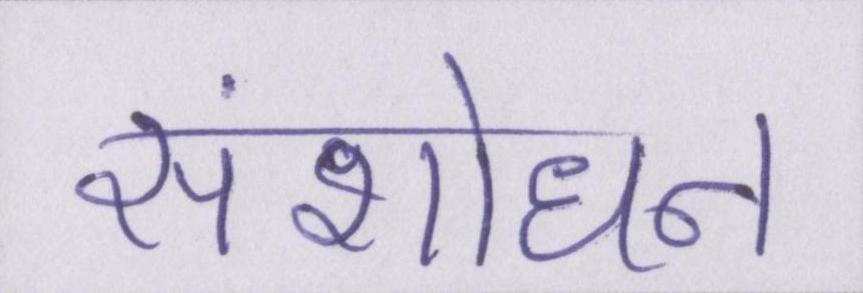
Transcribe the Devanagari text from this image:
संशोधन